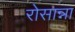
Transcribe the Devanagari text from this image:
रोसान्ना